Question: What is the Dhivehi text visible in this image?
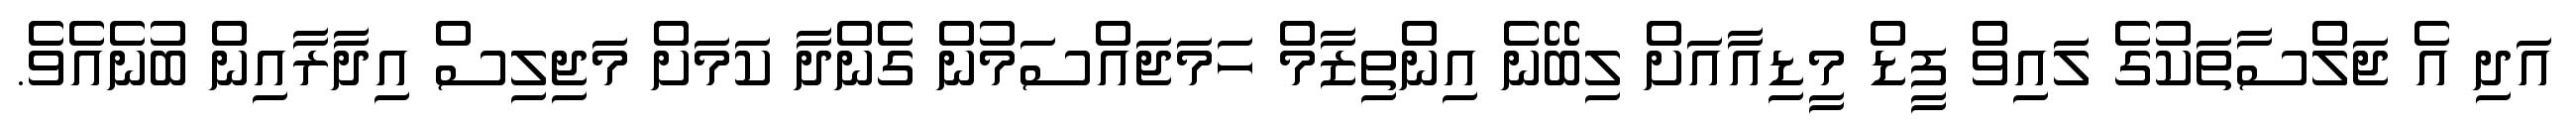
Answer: އަދި އެ ޖަލްސާތަކުގެ ލައިވް ފީޑް މީޑިއާއަށް ލިބޭނެ އިންތިޒާމް ހަމަޖައްސަމުން ގެންދާ ކަމަށް މަޖިލިސް އިދާރާއިން ބުނެއެވެ.